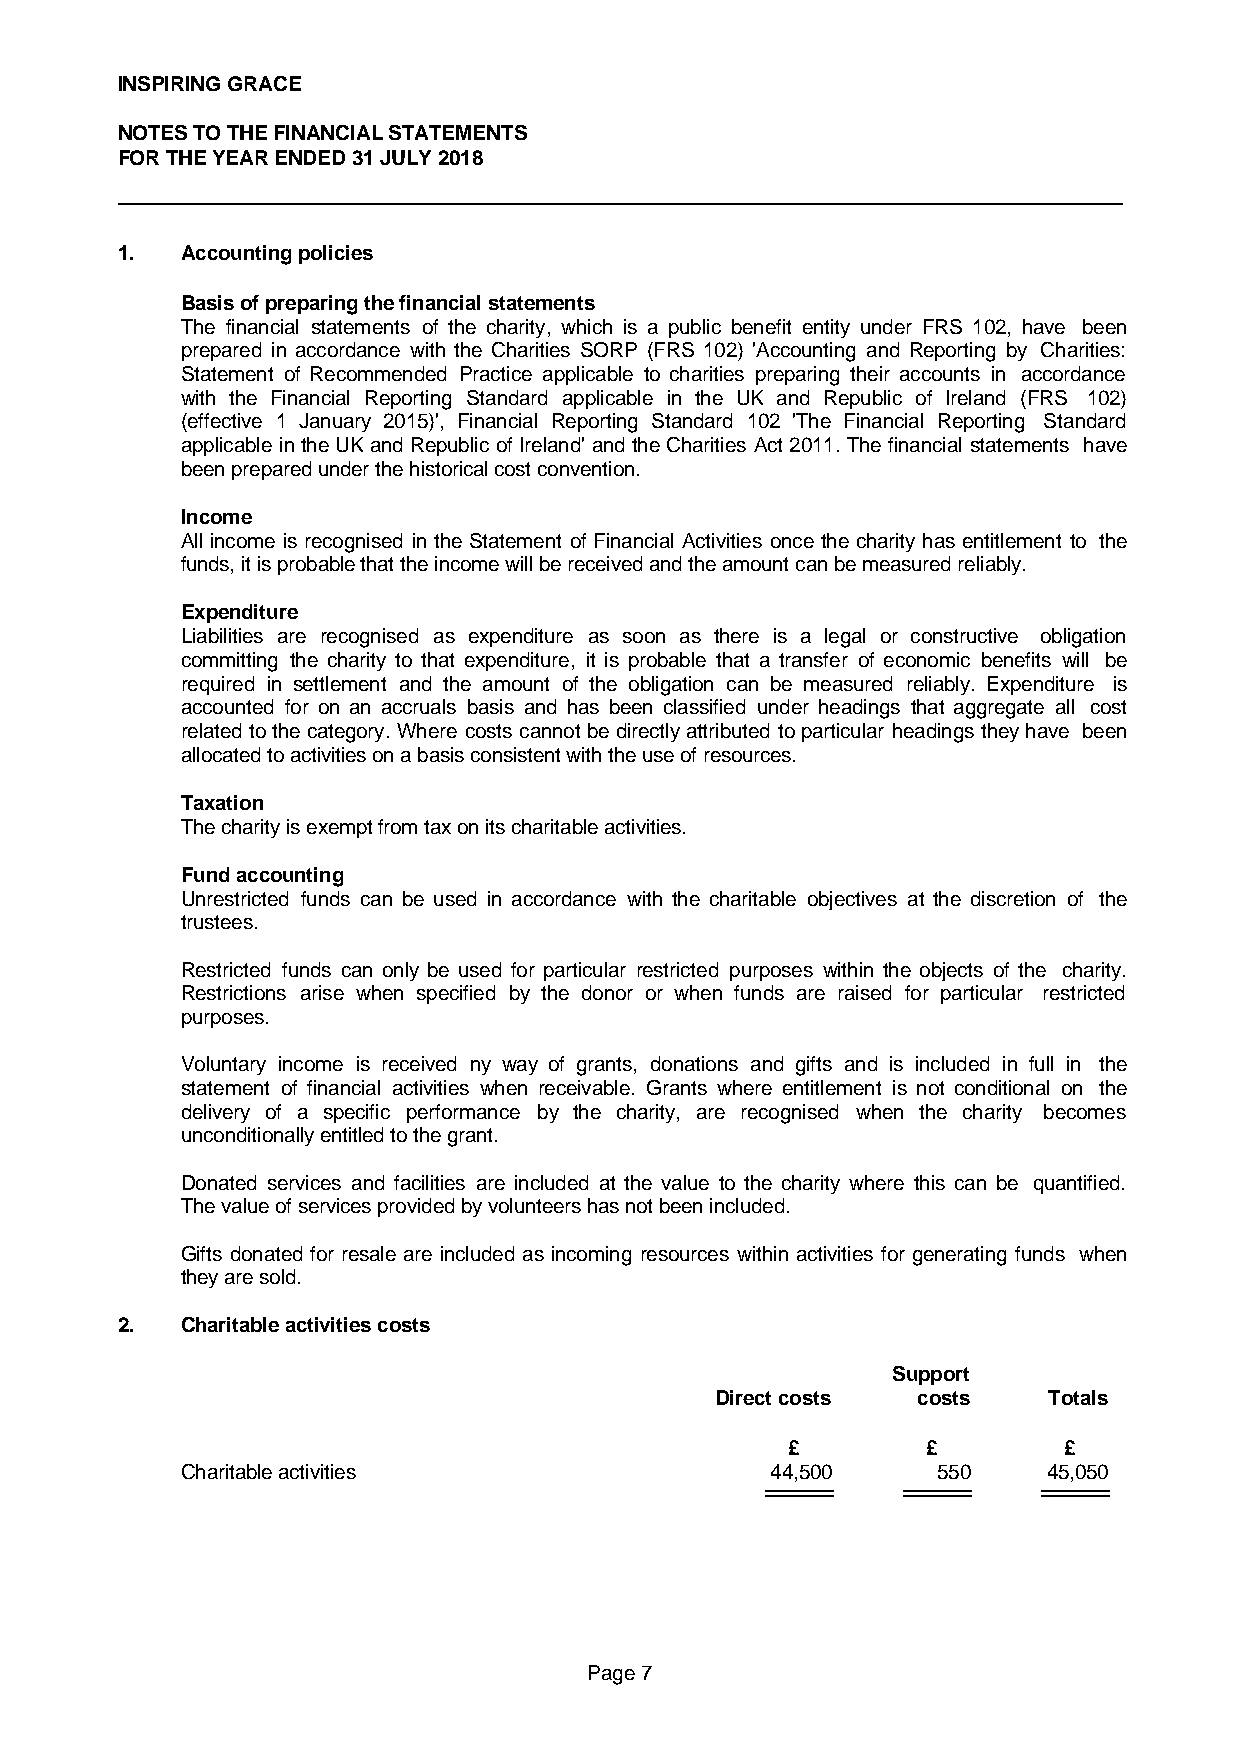
INSPIRING GRACE
 NOTES TO THE FINANCIAL STATEMENTS
 FOR THE YEAR ENDED 31 JULY 2018
 1.  Accounting policies
 Basis of preparing the financial statements
 The financial statements of the charity, which is a public benefit entity under FRS 102, have been
 prepared in accordance with the Charities SORP (FRS 102) 'Accounting and Reporting by Charities:
 Statement of Recommended Practice applicable to charities preparing their accounts in accordance
 with the Financial Reporting Standard applicable in the UK and Republic of Ireland (FRS 102)
 (effective 1 January 2015)', Financial Reporting Standard 102 'The Financial Reporting Standard
 applicableintheUKandRepublicofIreland'andtheCharitiesAct2011.Thefinancialstatements have
 been prepared under the historical cost convention.
 Income
 Allincome is recognisedintheStatementof FinancialActivitiesoncethecharityhas entitlementto the
 funds, it is probable that the income will be received and the amount can be measured reliably.
 Expenditure
 Liabilities are recognised as expenditure as soon as there is a legal or constructive obligation
 committing the charity to that expenditure, it is probable that a transfer of economic benefits will be
 required in settlement and the amount of the obligation can be measured reliably. Expenditure is
 accounted for on an accruals basis and has been classified under headings that aggregate all cost
 relatedtothecategory.Where costscannotbedirectlyattributedtoparticularheadingstheyhave been
 allocated to activities on a basis consistent with the use of resources.
 Taxation
 The charity is exempt from tax on its charitable activities.
 Fund accounting
 Unrestricted funds can be used in accordance with the charitable objectives at the discretion of the
 trustees.
 Restricted funds can only be used for particular restricted purposes within the objects of the charity.
 Restrictions arise when specified by the donor or when funds are raised for particular restricted
 purposes.
 Voluntary income is received ny way of grants, donations and gifts and is included in full in the
 statement of financial activities when receivable. Grants where entitlement is not conditional on the
 delivery of a specific performance by the charity, are recognised when the charity becomes
 unconditionally entitled to the grant.
 Donated services and facilities are included at the value to the charity where this can be quantified.
 The value of services provided by volunteers has not been included.
 Gifts donatedfor resaleareincludedasincomingresources withinactivitiesfor generatingfunds when
 they are sold.
 2.  Charitable activities costs
 Support
 Direct costs  costs   Totals
 £        £        £
 Charitable activities                  44,500     550    45,050
 Page 7